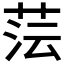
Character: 𮶤